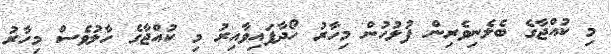
މި ކުއްޖާގެ ބެލެނިވެރިން ފުލުހުން މިހާރު ހޯދާފައިވާއިރު މި ކުއްޖާގެ ހާލުވެސް މިހާރު